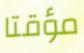
مؤقتا